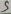
Text: 5